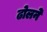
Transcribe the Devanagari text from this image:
ढोलने